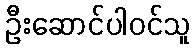
ဦးဆောင်ပါဝင်သူ